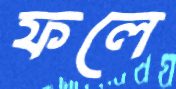
ফলে